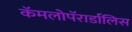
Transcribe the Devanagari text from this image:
कॅमलोपॅरार्डालिस